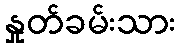
နှုတ်ခမ်းသား